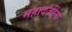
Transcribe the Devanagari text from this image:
महादजींना